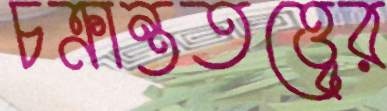
চক্রান্ততত্ত্বের